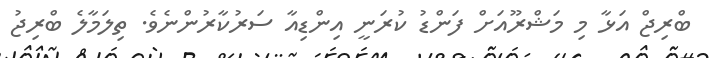
ބްރިޖް އަޅާ މި މަޝްރޫއަށް ފަންޑު ކުރަނީ އިންޑިއާ ސަރުކާރުންނެވެ. ތިލަމާލެ ބްރިޖު